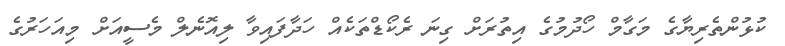
ކުޅުންތެރިޔާގެ މަގާމް ހޯދުމުގެ އިތުރަށް ގިނަ ރެކޯޑްތަކެއް ހަދާފައިވާ ލިއޮނެލް މެސީއަށް މިއަހަރުގެ